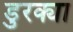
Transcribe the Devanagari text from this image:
डुरक्या